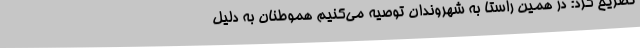
تضریح کرد: در همین راستا به شهروندان توصیه می‌کنیم هموطنان به دلیل